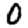
Digit: 0